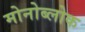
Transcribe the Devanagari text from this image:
मोनोब्लोक